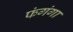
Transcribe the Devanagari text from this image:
फंगंगा